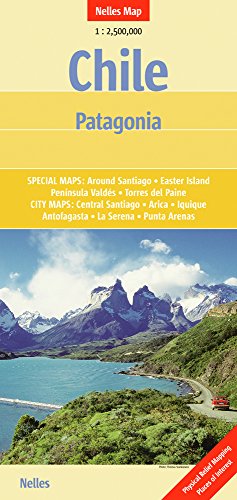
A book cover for Chile and Patagonia Nelles Map (English and German Edition); Nelles Map; Travel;